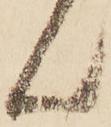
ん